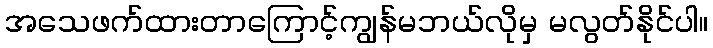
အသေဖက်ထားတာကြောင့်ကျွန်မဘယ်လိုမှ မလွတ်နိုင်ပါ။